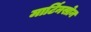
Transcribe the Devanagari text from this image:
मार्टिनसोन